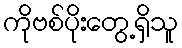
ကိုဗစ်ပိုးတွေ့ရှိသူ